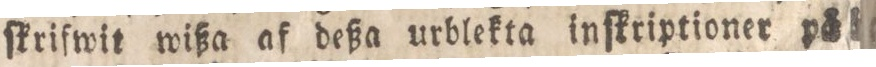
ſkrifwit wißa af deßa urblekta inſkriptioner på